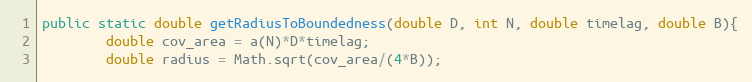
Language: Java
public static double getRadiusToBoundedness(double D, int N, double timelag, double B){
		double cov_area = a(N)*D*timelag;
		double radius = Math.sqrt(cov_area/(4*B));